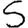
Digit: 5